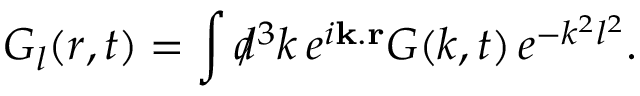
G _ { l } ( r , t ) = \int d \! \! \! / ^ { 3 } k \, e ^ { i { \bf k } . { \bf r } } G ( k , t ) \, e ^ { - k ^ { 2 } l ^ { 2 } } .